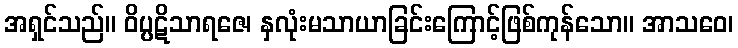
အရှင်သည်။ ဝိပ္ပဋိသာရဇေ၊ နှလုံးမသာယာခြင်းကြောင့်ဖြစ်ကုန်သော။ အာသဝေ၊